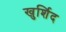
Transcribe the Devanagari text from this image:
खुर्शिद